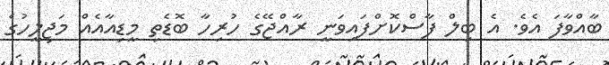
ބާއްވާފަ އެވެ. އެ ބިލް ފާސްކޮށްފައިވަނީ ރާއްޖޭގެ ހުރިހާ ބޮޑެތި މީޑިއާއެއް މަޖިލީހުގެ